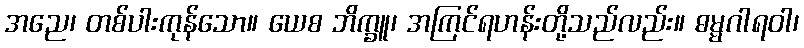
အညေ၊ တစ်ပါးကုန်သော။ ယေစ ဘိက္ခူ၊ အကြင်ရဟန်းတို့သည်လည်း။ ဓမ္မဂါရဝါ၊